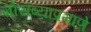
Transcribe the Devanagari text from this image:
मोसंब्याप्रमाणे